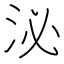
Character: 泌